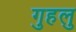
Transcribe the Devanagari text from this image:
गुहलु